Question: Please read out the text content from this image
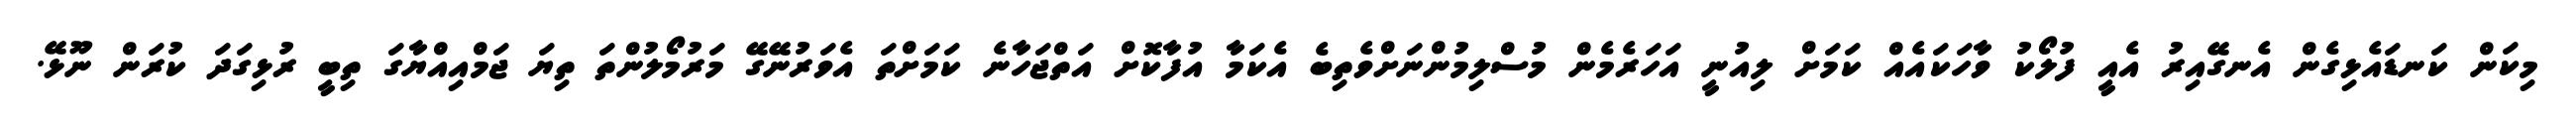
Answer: މިކަން ކަނޑައެޅިގެން އެނގޭއިރު އެއީ ފުލޯކު ވާހަކައެއް ކަމަށް ލިއުނީ އަހަރެމެން މުސްލިމުންނަށްވެތިބެ އެކަމާ އުފާކޮށް އަތްޖަހާނެ ކަމަށްތަ އެވަރުނޭގޭ މަރުމޯލުންތަ ތިޔަ ޖަމްއިއްޔާގަ ތިބީ ރުޅިގަދަ ކުރަން ނޫޅޭ.